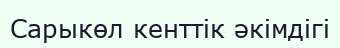
Сарыкөл кенттік әкімдігі